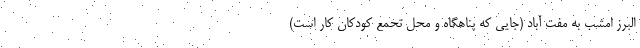
البرز امشب به مفت آباد (جایی که پناهگاه و محل تحمع کودکان کار است)